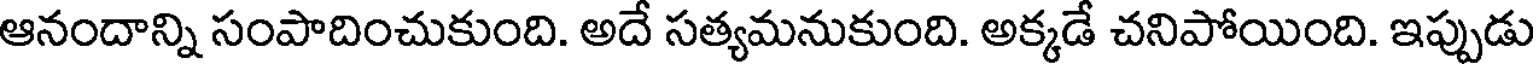
ఆనందాన్ని సంపాదించుకుంది. అదే సత్యమనుకుంది. అక్కడే చనిపోయింది. ఇప్పుడు